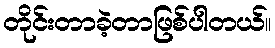
တိုင်းတာခဲ့တာဖြစ်ပါတယ်။